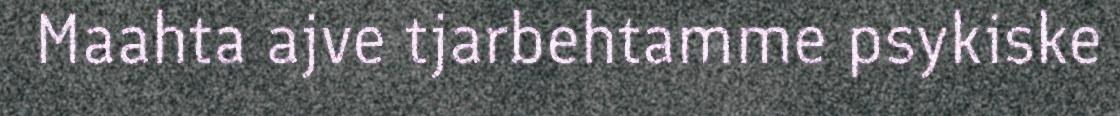
Maahta ajve tjarbehtamme psykiske